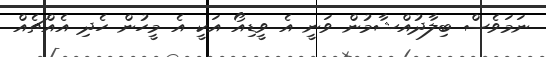
ނަމަވެސް ބިލާދުއްޝާމުން ވަނީ އެ ވީޑިއޯ އަކީ އެ މީހުން ހެދި އެއްޗެއް